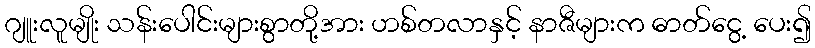
ဂျူးလူမျိုး သန်းပေါင်းများစွာတို့အား ဟစ်တလာနှင့် နာဇီများက ဓာတ်ငွေ့ ပေး၍